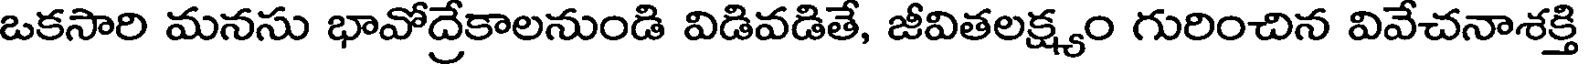
ఒకసారి మనసు భావోద్రేకాలనుండి విడివడితే, జీవితలక్ష్యం గురించిన వివేచనాశక్తి